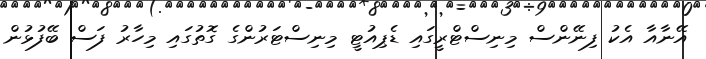
އޭނާއާ އެކު ފިނޭންސް މިނިސްޓްރީގައި ޑެޕިއުޓީ މިނިސްޓަރުންގެ ގޮތުގައި މިހާރު ފަސް ބޭފުޅުން